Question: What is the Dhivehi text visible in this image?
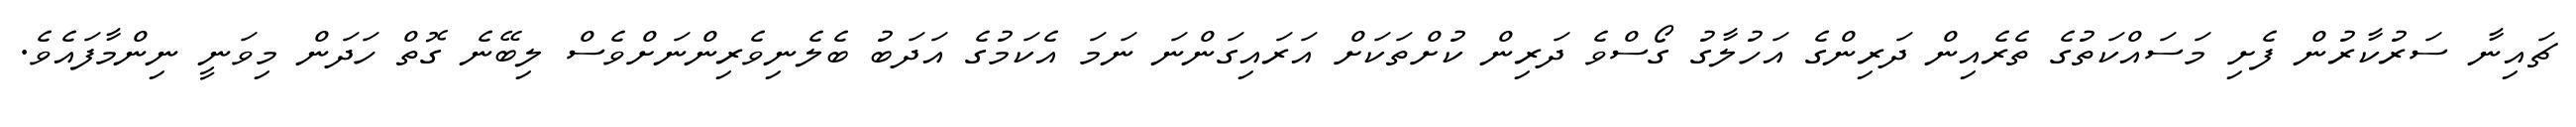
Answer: ޗައިނާ ސަރުކާރުން ފެށި މަސައްކަތުގެ ތެރެއިން ދަރިންގެ އަހުލާގު ގޯސްވެ ދަރިން ކުށްތަކަށް އަރައިގަންނަ ނަމަ އެކަމުގެ އަދަބު ބެލެނިވެރިންނަށްވެސް ލިބޭނެ ގޮތް ހަދަން މިވަނީ ނިންމާފައެވެ.